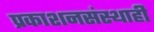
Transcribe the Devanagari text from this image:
प्रकाशनसंस्थाही